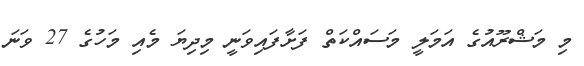
މި މަޝްރޫއުގެ އަމަލީ މަސައްކަތް ފަށާފައިވަނީ މިދިޔަ މެއި މަހުގެ 27 ވަނަ